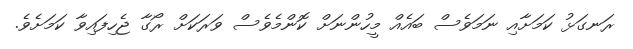
ރަނގަޅު ކަމަށާއި ނަމަވެސް ބައެއް މީހުންނަށް ކޮންމެވެސް ވަރަކަށް ރޯގާ ޖެހިފައިވާ ކަމަށެވެ.